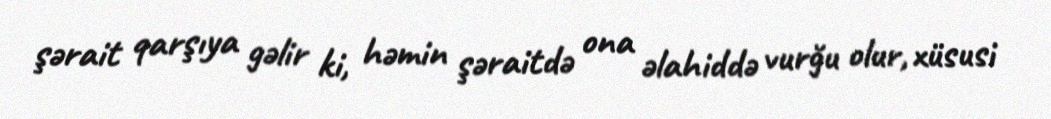
şərait qarşıya gəlir ki, həmin şəraitdə ona əlahiddə vurğu olur, xüsusi